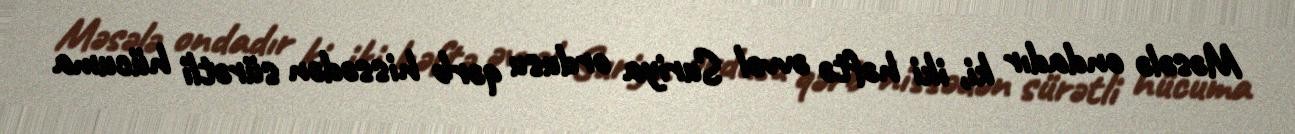
Məsələ ondadır ki, iki həftə əvvəl Suriya ordusu qərb hissədən sürətli hücuma